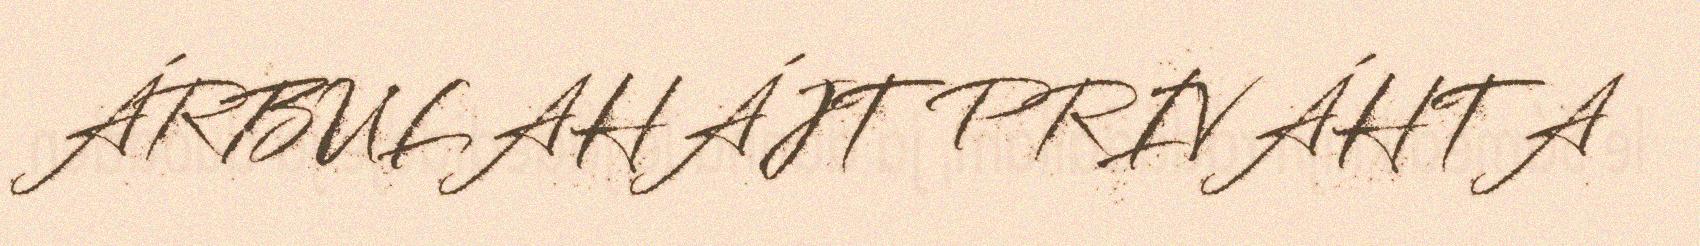
ÁRBULAHÁJT PRIVÁHTA